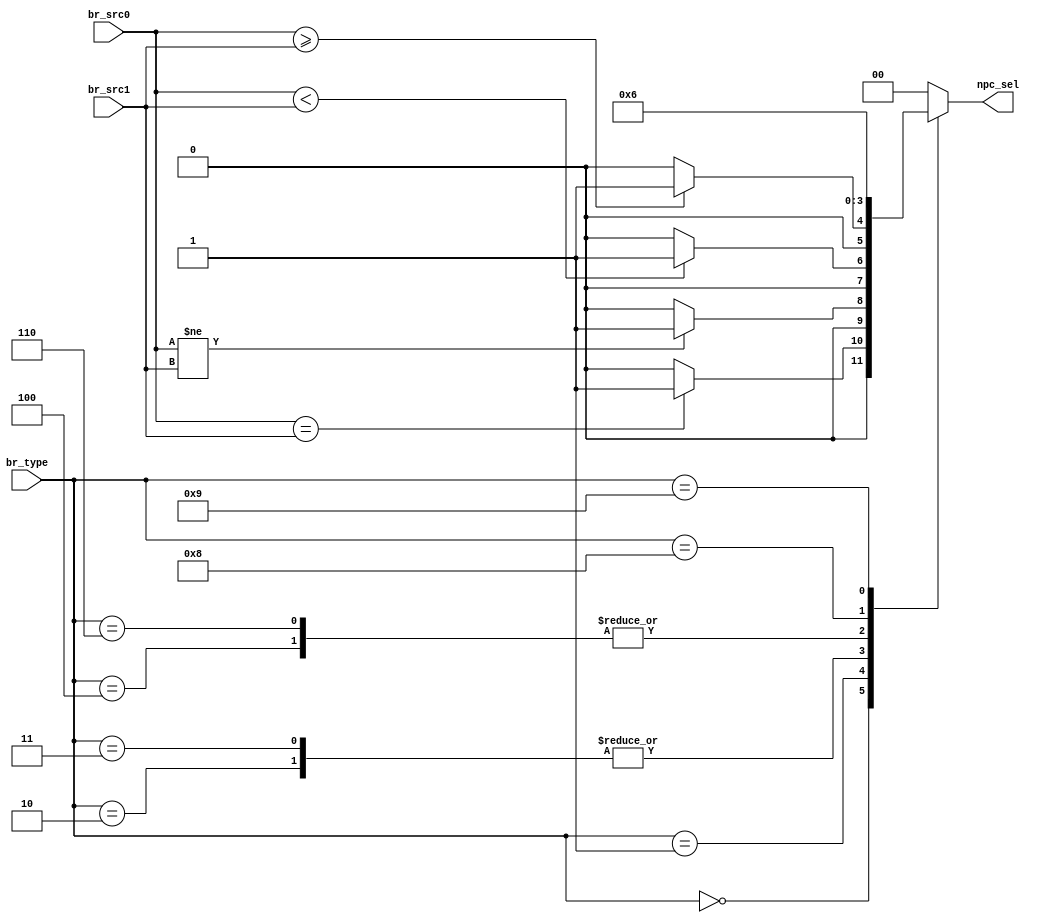
module BRANCH(
    input                   [ 3 : 0]            br_type,

    input      signed       [31 : 0]            br_src0,
    input      signed       [31 : 0]            br_src1,

    output      reg         [ 1 : 0]            npc_sel
);

`define BEQ                4'B0000   
`define BNE                4'B0001   
`define BLT                4'B0010
`define BGE                4'B0100
`define BLTU               4'B0011
`define BGEU               4'B0110
`define JAL                4'B1000
`define JALR               4'B1001

always @(*) begin
    case (br_type)
        `BEQ: npc_sel = (br_src0 == br_src1) ? 2'b01 : 2'b00;
        `BNE: npc_sel = (br_src0 != br_src1) ? 2'b01 : 2'b00;
        `BLT: npc_sel = ((br_src0) < (br_src1)) ? 2'b01 : 2'b00;
        `BGE: npc_sel = (br_src0 >= br_src1) ? 2'b01 : 2'b00;
        `BLTU: npc_sel = ($signed(br_src0) < $signed(br_src1)) ? 2'b01 : 2'b00;
        `BGEU: npc_sel = ($signed(br_src0) >= $signed(br_src1)) ? 2'b01 : 2'b00;
        `JAL:npc_sel = 2'b01;
        `JALR:npc_sel = 2'b10;
        default: npc_sel = 2'b00;
    endcase
end

endmodule